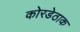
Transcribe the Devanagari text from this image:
कोरडेठाक